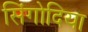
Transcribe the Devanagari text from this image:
सिंगोदिया